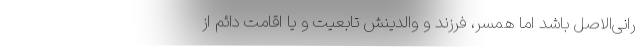
رانی‌الاصل باشد اما همسر، فرزند و والدینش تابعیت و یا اقامت دائم از